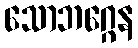
သောဘဂ္ဂေန